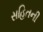
સહિતની